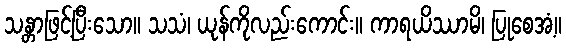
သန္တာဖြင့်ပြီးသော။ သသံ၊ ယုန်ကိုလည်းကောင်း။ ကာရယိဿာမိ၊ ပြုစေအံ့။